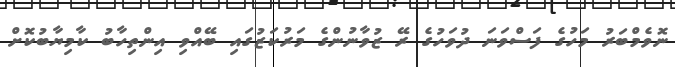
ނޮވެމްބަރު މަހުގެ ފަސްވަނަ ދުވަހުގެ ރޭ ޒުވާނުންގެ މަރުކަޒުގައި ބޭއްވި އިންތިހާބު ކާމިޔާބުކޮށް